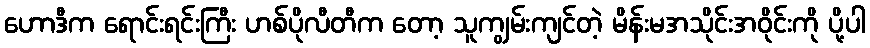
ဟောဒီက ရောင်းရင်းကြီး ဟစ်ပိုလီတီက တော့ သူကျွမ်းကျင်တဲ့ မိန်းမအသိုင်းအဝိုင်းကို ပို့ပါ